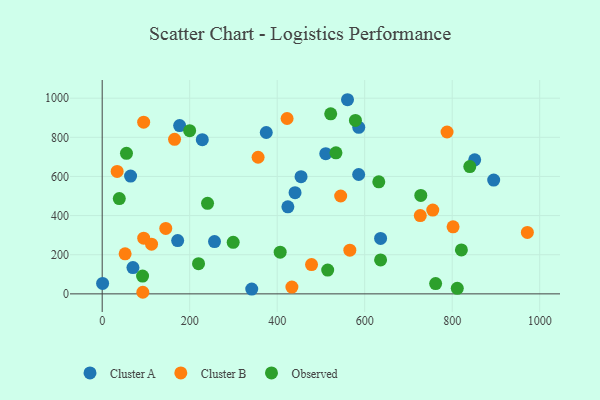
{"axis": {"x": "Experience", "y": "Fuel Efficiency"}, "legend": ["Cluster A", "Cluster B", "Observed"], "data": [{"x": "851.4", "y": 684.8, "type": "Cluster A"}, {"x": "177.0", "y": 860.0, "type": "Cluster A"}, {"x": "172.5", "y": 272.3, "type": "Cluster A"}, {"x": "454.5", "y": 599.0, "type": "Cluster A"}, {"x": "256.7", "y": 267.0, "type": "Cluster A"}, {"x": "424.4", "y": 444.7, "type": "Cluster A"}, {"x": "511.0", "y": 716.6, "type": "Cluster A"}, {"x": "636.3", "y": 283.2, "type": "Cluster A"}, {"x": "70.3", "y": 134.2, "type": "Cluster A"}, {"x": "64.9", "y": 601.7, "type": "Cluster A"}, {"x": "440.8", "y": 516.9, "type": "Cluster A"}, {"x": "375.0", "y": 824.6, "type": "Cluster A"}, {"x": "1.0", "y": 53.1, "type": "Cluster A"}, {"x": "560.7", "y": 992.1, "type": "Cluster A"}, {"x": "586.2", "y": 610.0, "type": "Cluster A"}, {"x": "894.8", "y": 581.3, "type": "Cluster A"}, {"x": "228.8", "y": 788.0, "type": "Cluster A"}, {"x": "586.4", "y": 851.0, "type": "Cluster A"}, {"x": "341.8", "y": 24.4, "type": "Cluster A"}, {"x": "727.0", "y": 400.3, "type": "Cluster B"}, {"x": "94.9", "y": 284.5, "type": "Cluster B"}, {"x": "34.2", "y": 625.6, "type": "Cluster B"}, {"x": "566.0", "y": 223.5, "type": "Cluster B"}, {"x": "422.6", "y": 896.2, "type": "Cluster B"}, {"x": "802.0", "y": 342.5, "type": "Cluster B"}, {"x": "94.8", "y": 877.6, "type": "Cluster B"}, {"x": "478.5", "y": 149.9, "type": "Cluster B"}, {"x": "52.4", "y": 204.6, "type": "Cluster B"}, {"x": "971.8", "y": 314.2, "type": "Cluster B"}, {"x": "112.8", "y": 253.9, "type": "Cluster B"}, {"x": "165.4", "y": 789.6, "type": "Cluster B"}, {"x": "755.6", "y": 428.3, "type": "Cluster B"}, {"x": "356.3", "y": 698.1, "type": "Cluster B"}, {"x": "433.6", "y": 34.7, "type": "Cluster B"}, {"x": "545.1", "y": 500.0, "type": "Cluster B"}, {"x": "788.2", "y": 827.1, "type": "Cluster B"}, {"x": "92.9", "y": 8.1, "type": "Cluster B"}, {"x": "145.3", "y": 334.4, "type": "Cluster B"}, {"x": "299.4", "y": 263.3, "type": "Observed"}, {"x": "840.2", "y": 650.3, "type": "Observed"}, {"x": "811.6", "y": 28.2, "type": "Observed"}, {"x": "522.3", "y": 920.2, "type": "Observed"}, {"x": "39.1", "y": 487.1, "type": "Observed"}, {"x": "515.4", "y": 121.6, "type": "Observed"}, {"x": "406.8", "y": 212.8, "type": "Observed"}, {"x": "220.2", "y": 154.2, "type": "Observed"}, {"x": "240.8", "y": 462.6, "type": "Observed"}, {"x": "55.5", "y": 718.3, "type": "Observed"}, {"x": "636.3", "y": 173.3, "type": "Observed"}, {"x": "534.3", "y": 720.5, "type": "Observed"}, {"x": "728.2", "y": 503.1, "type": "Observed"}, {"x": "199.9", "y": 833.7, "type": "Observed"}, {"x": "762.1", "y": 52.7, "type": "Observed"}, {"x": "632.2", "y": 572.6, "type": "Observed"}, {"x": "92.3", "y": 90.9, "type": "Observed"}, {"x": "578.8", "y": 886.3, "type": "Observed"}, {"x": "821.0", "y": 224.5, "type": "Observed"}]}